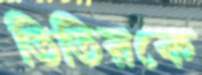
তিতিরকে